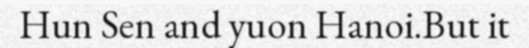
Hun Sen and yuon Hanoi.But it